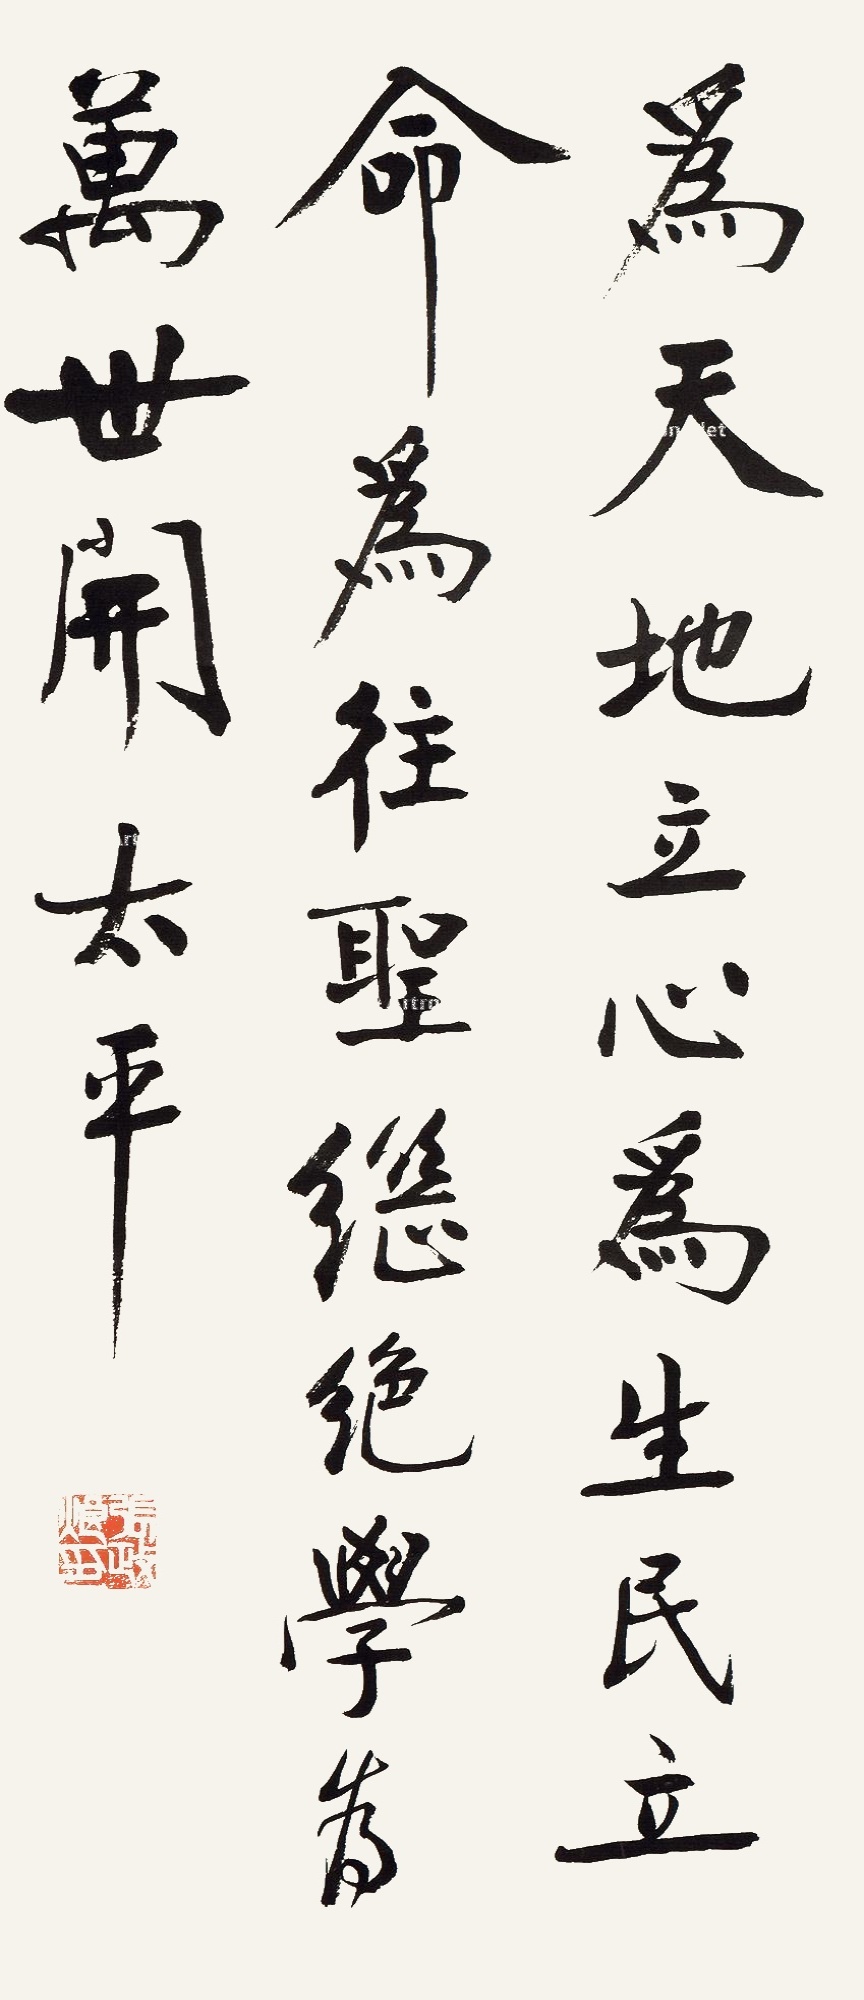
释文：为天地立心，为生民立命。为往圣继绝学，为万世开太平。张政烺印